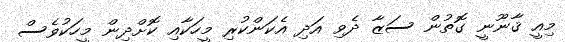
މިއީ ޤާނޫނީ ގޮތުން ސަޒާ ދެވި އަދި އެކަންކުރި މީހަކާއި ކޮށްދިން މީހަކުވެސް